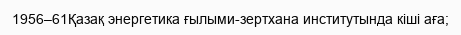
1956–61Қазақ энергетика ғылыми-зертхана институтында кіші аға;